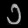
Digit: ၁